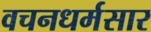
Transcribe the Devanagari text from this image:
वचनधर्मसार